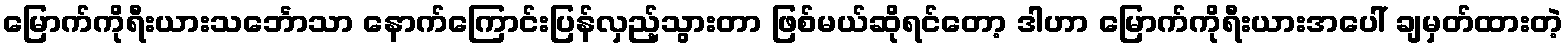
မြောက်ကိုရီးယားသင်္ဘောသာ နောက်ကြောင်းပြန်လှည့်သွားတာ ဖြစ်မယ်ဆိုရင်တော့ ဒါဟာ မြောက်ကိုရီးယားအပေါ် ချမှတ်ထားတဲ့